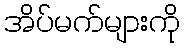
အိပ်မက်များကို